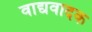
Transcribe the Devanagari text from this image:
वाद्यवादक